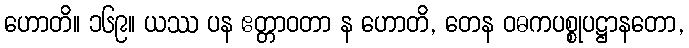
ဟောတိ။ ၁၆၉။ ယဿ ပန ဧတ္တာဝတာ န ဟောတိ, တေန ဝဓကပစ္စုပဋ္ဌာနတော,